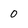
Character: 0